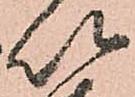
以